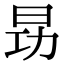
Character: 昮